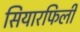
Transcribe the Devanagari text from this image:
सियारफिली